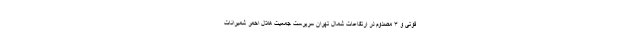
فوتی و ۳ مصدوم در ارتفاعات شمال تهران سرپرست جمعیت هلال احمر شمیرانات